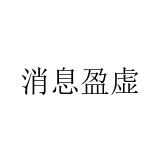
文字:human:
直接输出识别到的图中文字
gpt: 消息盈虚